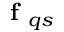
\textbf { f } _ { q s }